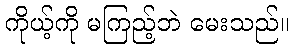
ကိုယ့်ကို မကြည့်ဘဲ မေးသည်။